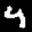
Label: 4